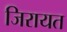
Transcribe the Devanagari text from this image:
जिरायत